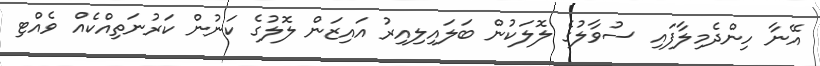
އޭނާ ހިންދެމިލާފައި ސުވާލުގެ ލޮލަކުން ބަލައިލިއިރު އައިޒަން ލޮލުގެ ކަނުން ކަރުނަތިއްކެއް ވެއްޓި